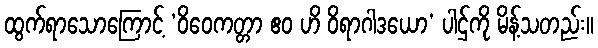
ထွက်ရာသောကြောင့် ‘ဝိဝေကတ္တာ ဧဝ ဟိ ဝိရာဂါဒယော’ ပါဌ်ကို မိန့်သတည်း။